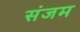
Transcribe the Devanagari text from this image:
संजम